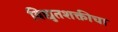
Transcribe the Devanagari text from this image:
विद्युतशक्तीचा